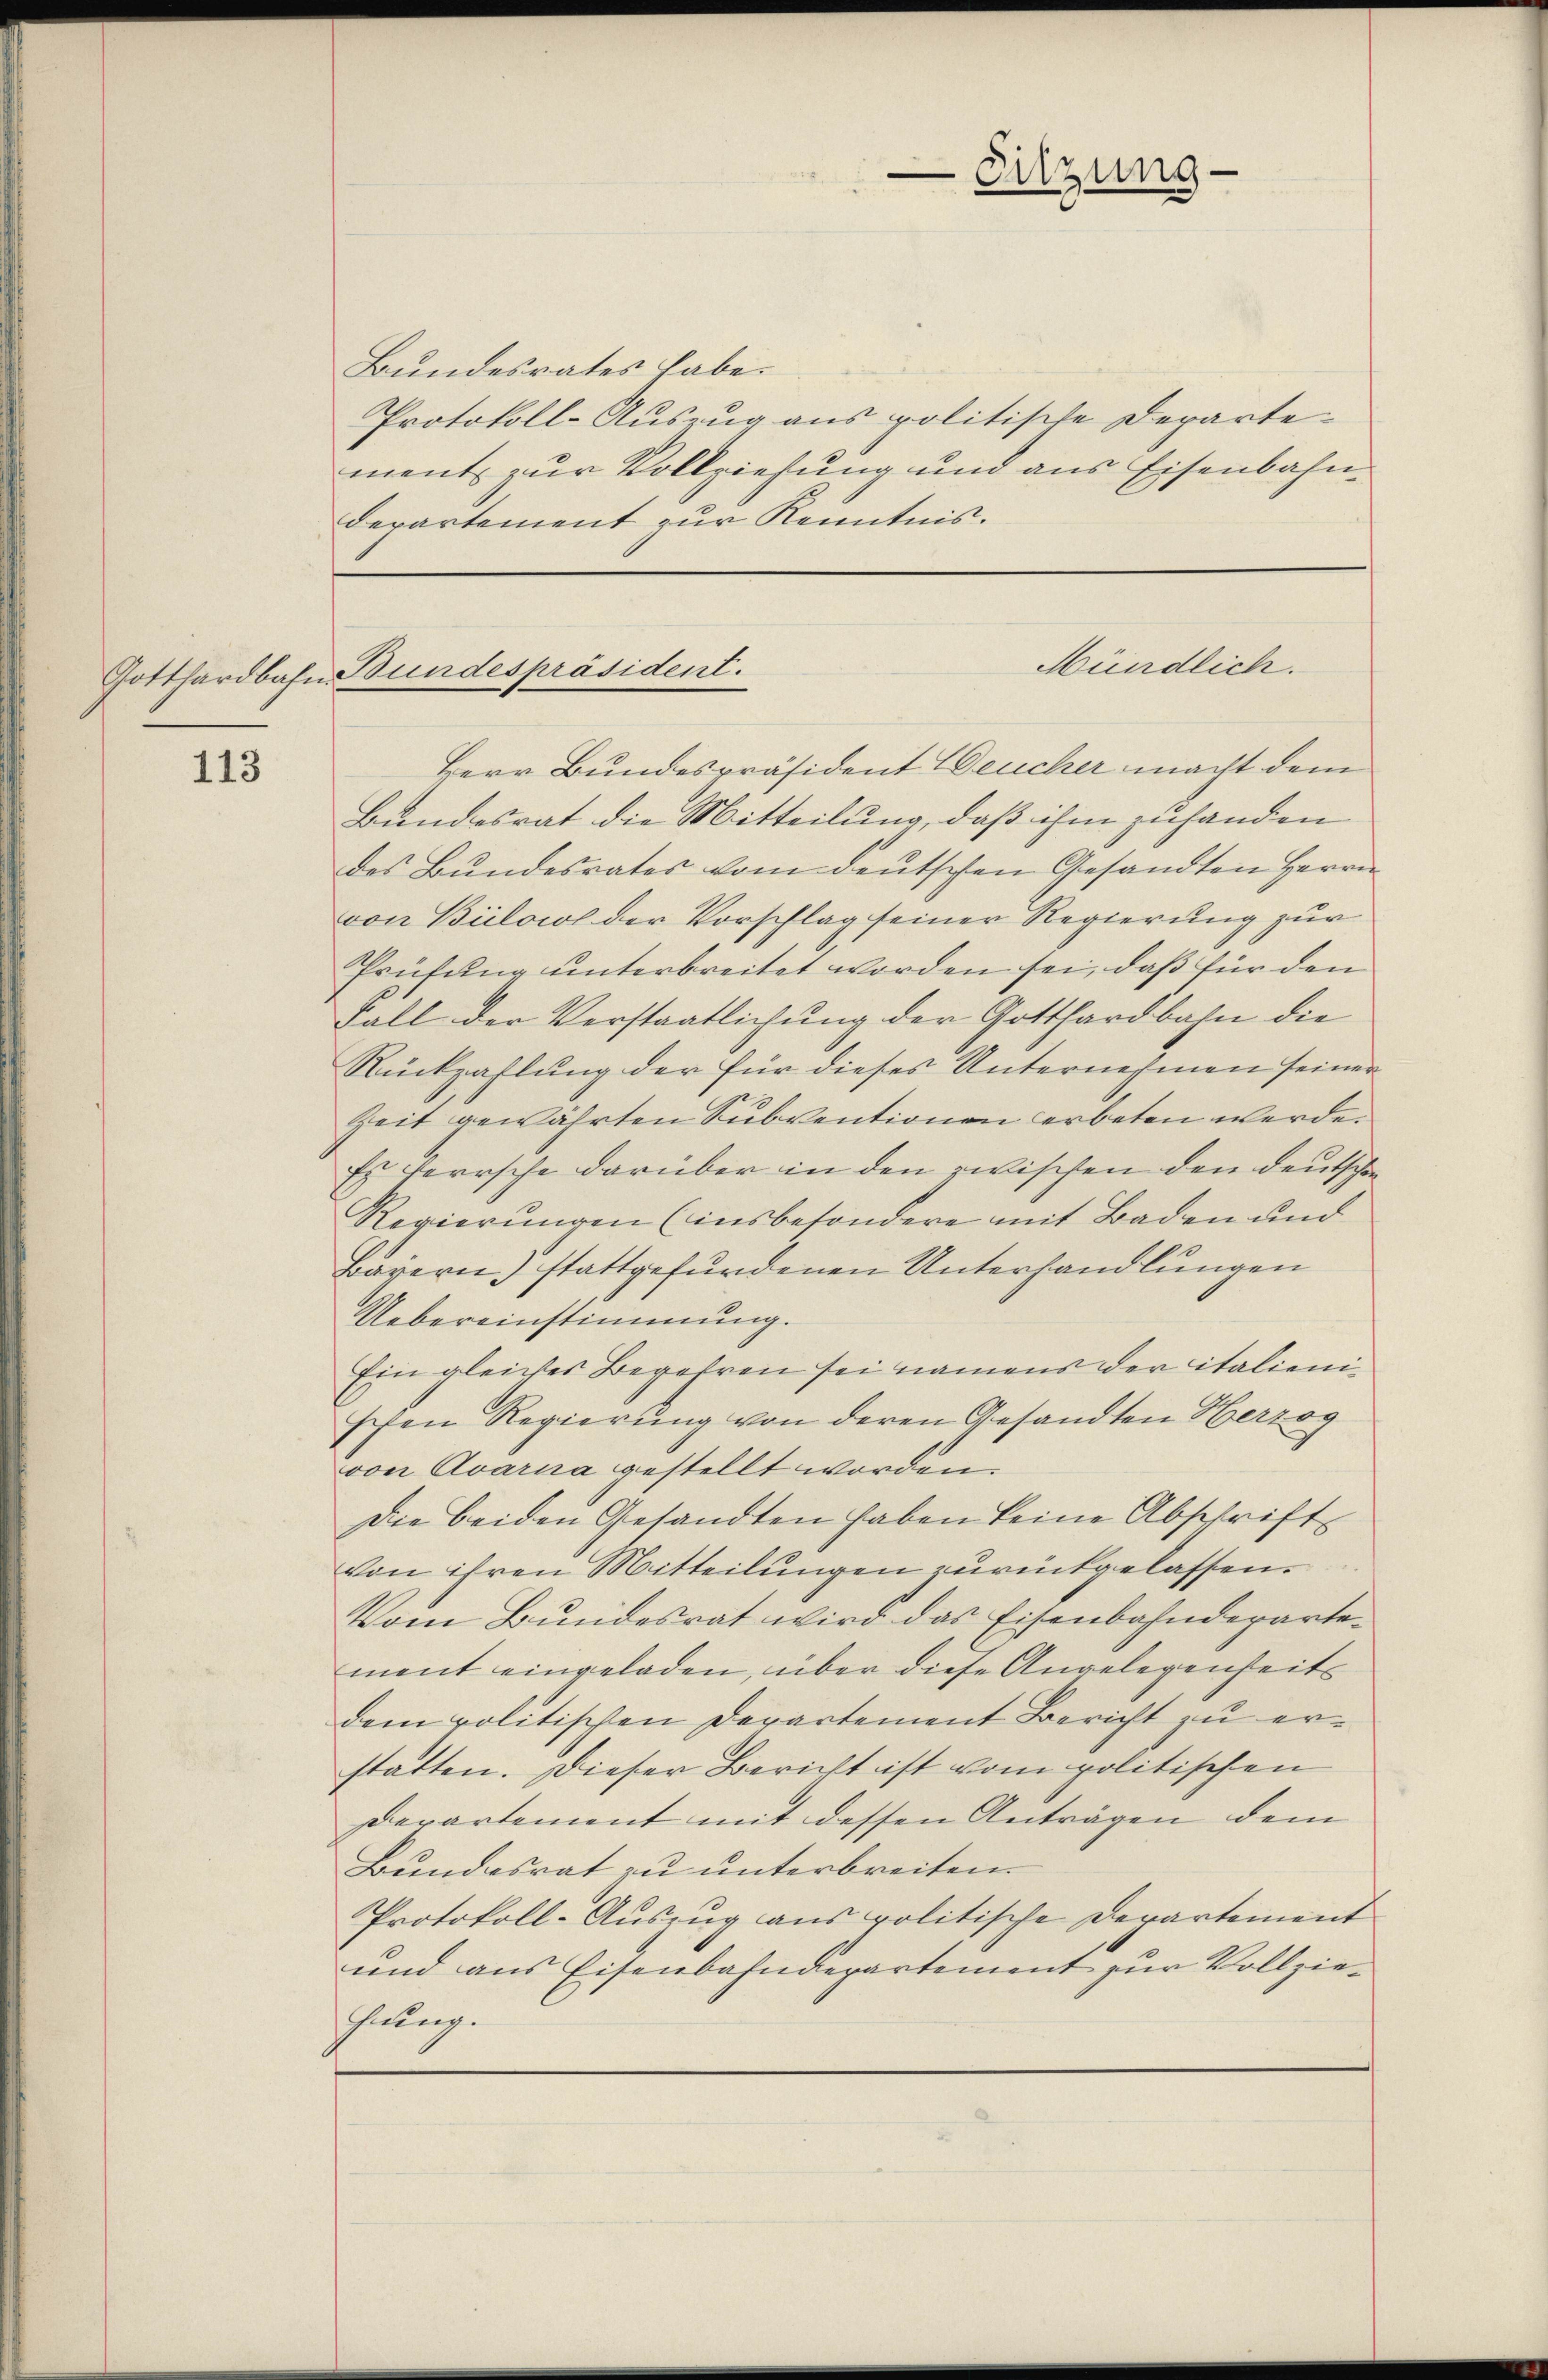
113

Bundesrates habe.
Protokoll-Auszug aus politische Departement zur Vollziehung und aus Eisenbahndepartement zur Kenntnis.

-Sitzung

Mündlich.
Gotthardbahn Bundespräsident.

Herr Bundespräsident Deucher macht dem
Bundesrat die Mitteilung, daß ihm zuhanden
des Bundesrates vom deutschen Gesandten Herrn
von Bilowol der Vorschlag seiner Regierung zur
Prüfung unterbreitet worden sei, daß für den
Fall der Verstaatlichung der Gotthardbahn die
Rückzahlung der für dieses Unternehmen seiner
Zeit gewährten Subventionen erbeten werde.
Es verrsche darüber in den zwischen den deutschen
Regierungen (insbesondere mit Baden und
Bayern) stattgefundenen Unterhandlungen
Uebereinstimmung.
Ein gleiches Begehren sei namens der italienischen Regierung von deren Gesandten Herzog
von Avarna gestellt worden.
Die beiden Gesandten haben keine Abschrift
von ihren Mitteilungen zurückgelassen.
Vom Bundesrat wird das Eisenbahndepartement eingeladen, über diese Angelegenheits
dem politischen Departement Bericht zu erstatten. Dieser Bericht ist vom politischen
Derartement mit dessen Anträgen dem
Bundesrat zu unterbreiten.
Protokoll-Auszug aus politische Departement
und aus Eisenbahndepartement zur Vollziehung.